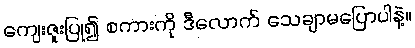
ကျေးဇူးပြု၍ စကားကို ဒီလောက် သေချာမပြောပါနဲ့။